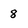
Character: 8